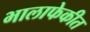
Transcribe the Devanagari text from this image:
भालाफेकीत